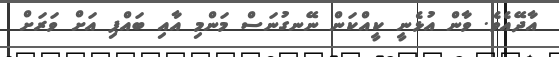
އާދޭއެވެ. ވާން އުޅެނީ ކީއްކަން ނޭނގުނަސް މަންމި އާއި ބައްޕި އަށް ވަރަށް